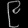
Digit: ၉